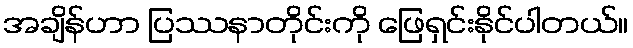
အချိန်ဟာ ပြဿနာတိုင်းကို ဖြေရှင်းနိုင်ပါတယ်။